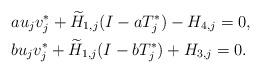
LaTeX: \begin{align*} &a u_j v_j^*+\widetilde H_{1,j}(I-a T_j^*)-H_{4,j}=0, \\ &bu_j v_j^*+\widetilde H_{1,j}(I-b T_j^*)+H_{3,j}=0. \end{align*}